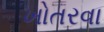
ખોતરવા